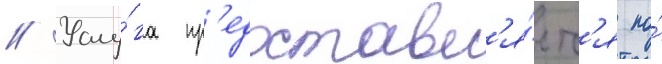
// Услу́га пр'едоставл'я́етс'я по́